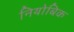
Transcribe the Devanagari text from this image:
नियोबिक